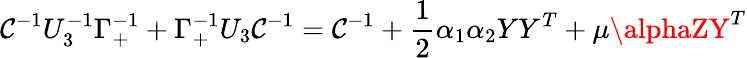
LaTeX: \mathcal{C}^{-1}U_{3}^{-1}\Gamma_{+}^{-1}+\Gamma_{+}^{-1}U_{3}\mathcal{C}^{-1}=\mathcal{C}^{-1}+{\frac{{1}}{{2}}}\alpha_{1}\alpha_{2}YY^{T}+\mu\alphaZY^{T}